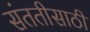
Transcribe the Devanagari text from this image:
संततीसाठी